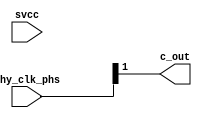
// This program was cloned from: https://github.com/chipsalliance/aib-phy-hardware
// License: Apache License 2.0

// SPDX-License-Identifier: Apache-2.0
// Copyright (C) 2019 Intel Corporation. 

module io_min_interp_mux (

input      [3:0] phy_clk_phs, // half of 8 phase 1.6GHz clock
input            svcc,        // for soft tie high
output           c_out        // 1 of the 3 output phases
);

`ifdef TIMESCALE_EN
                timeunit 1ps;
                timeprecision 1ps;
`endif

parameter  INVERTER_DELAY = 15;
parameter  FINGER_DELAY   = 45;

wire  out_vl;

//--------------------------------------------------------------------------------------------------
//  Finger Mux delay for phs[0]
//--------------------------------------------------------------------------------------------------

assign #FINGER_DELAY out_vl = phy_clk_phs[1];
assign #(2 * INVERTER_DELAY) c_out = out_vl;

endmodule